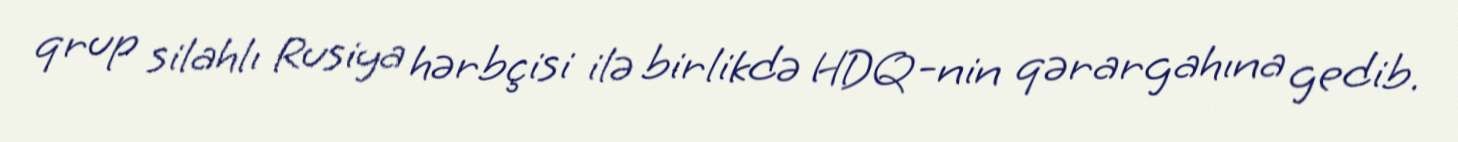
qrup silahlı Rusiya hərbçisi ilə birlikdə HDQ-nin qərargahına gedib.